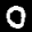
Label: 0